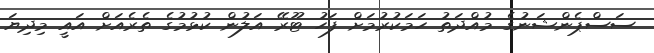
ސަސްޕެންޝަނުގެ މުއްދަތު ހަމަކުރުމަށް ފަހު ޓޫރޭ އަލުން ކުޅުމުގެ ތެރެއަށް އައީ މިދިޔަ